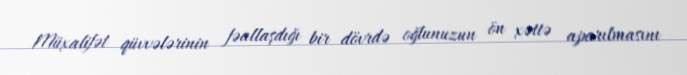
Müxalifət qüvvələrinin fəallaşdığı bir dövrdə oğlunuzun ön xəttə aparılmasını